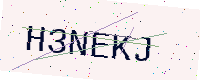
Text: H3NEKJ